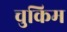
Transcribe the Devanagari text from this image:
चुकिम